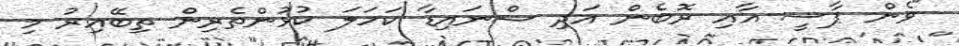
"ވެން ޕާސީ އާއި ރޮބެން އަދި ޝްނައިޑާ ކަހަލަ ކުޅުންތެރިން ތިބޭއިރު މި